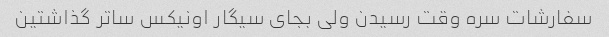
سفارشات سره وقت رسیدن ولی بجای سیگار اونیکس ساتر گذاشتین